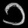
Digit: ၁